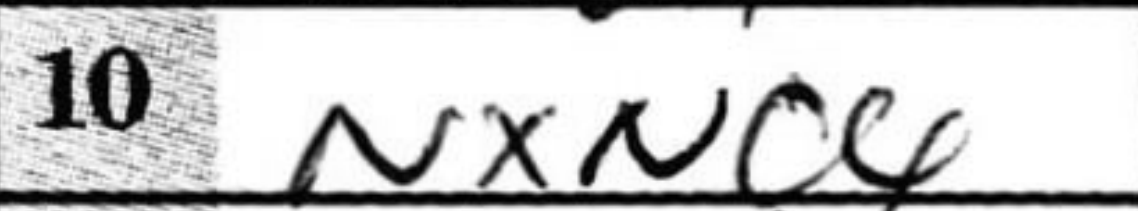
Transcription: NxNc4